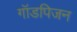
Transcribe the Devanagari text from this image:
गॉडपिजन